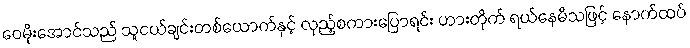
ဝေမိုးအောင်သည် သူငယ်ချင်းတစ်ယောက်နှင့် လှည့်စကားပြောရင်း ဟားတိုက် ရယ်နေမိသဖြင့် နောက်ထပ်